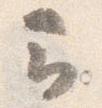
云